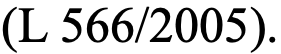
(L 566/2005).